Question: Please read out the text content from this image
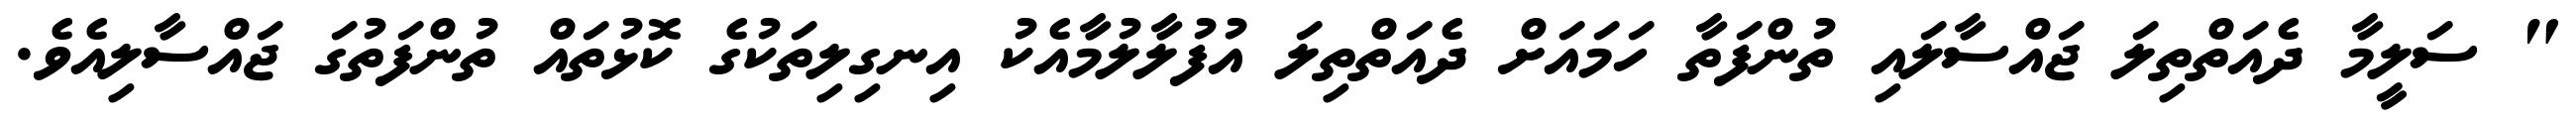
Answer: " ސަލީމާ ދެއަތްތިލަ ޖައްސާލައި ތުންފަތާ ހަމައަށް ދެއަތްތިލަ އުފުލާލުމާއެކު އިނގިލިތަކުގެ ކޮޅުތައް ތުންފަތުގަ ޖައްސާލިއެވެ.